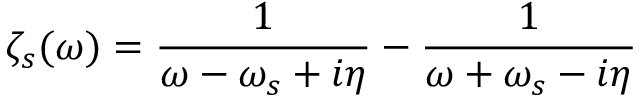
\zeta _ { s } ( \omega ) = \frac { 1 } { \omega - \omega _ { s } + i \eta } - \frac { 1 } { \omega + \omega _ { s } - i \eta }